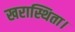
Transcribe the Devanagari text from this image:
खरास्थिता।